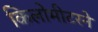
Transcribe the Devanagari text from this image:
किलोमीटरने